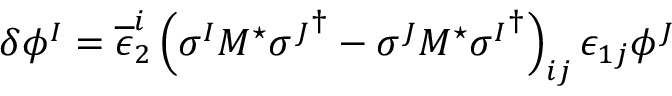
\delta \phi ^ { I } = \overline { { { \epsilon } } } _ { 2 } ^ { i } \left( \sigma ^ { I } M ^ { \star } { \sigma ^ { J } } ^ { \dagger } - \sigma ^ { J } M ^ { \star } { \sigma ^ { I } } ^ { \dagger } \right) _ { i j } \epsilon _ { 1 j } \phi ^ { J }